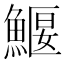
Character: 鰋